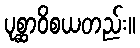
ပုစ္ဆာဝိစယတည်း။